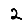
Digit: 2